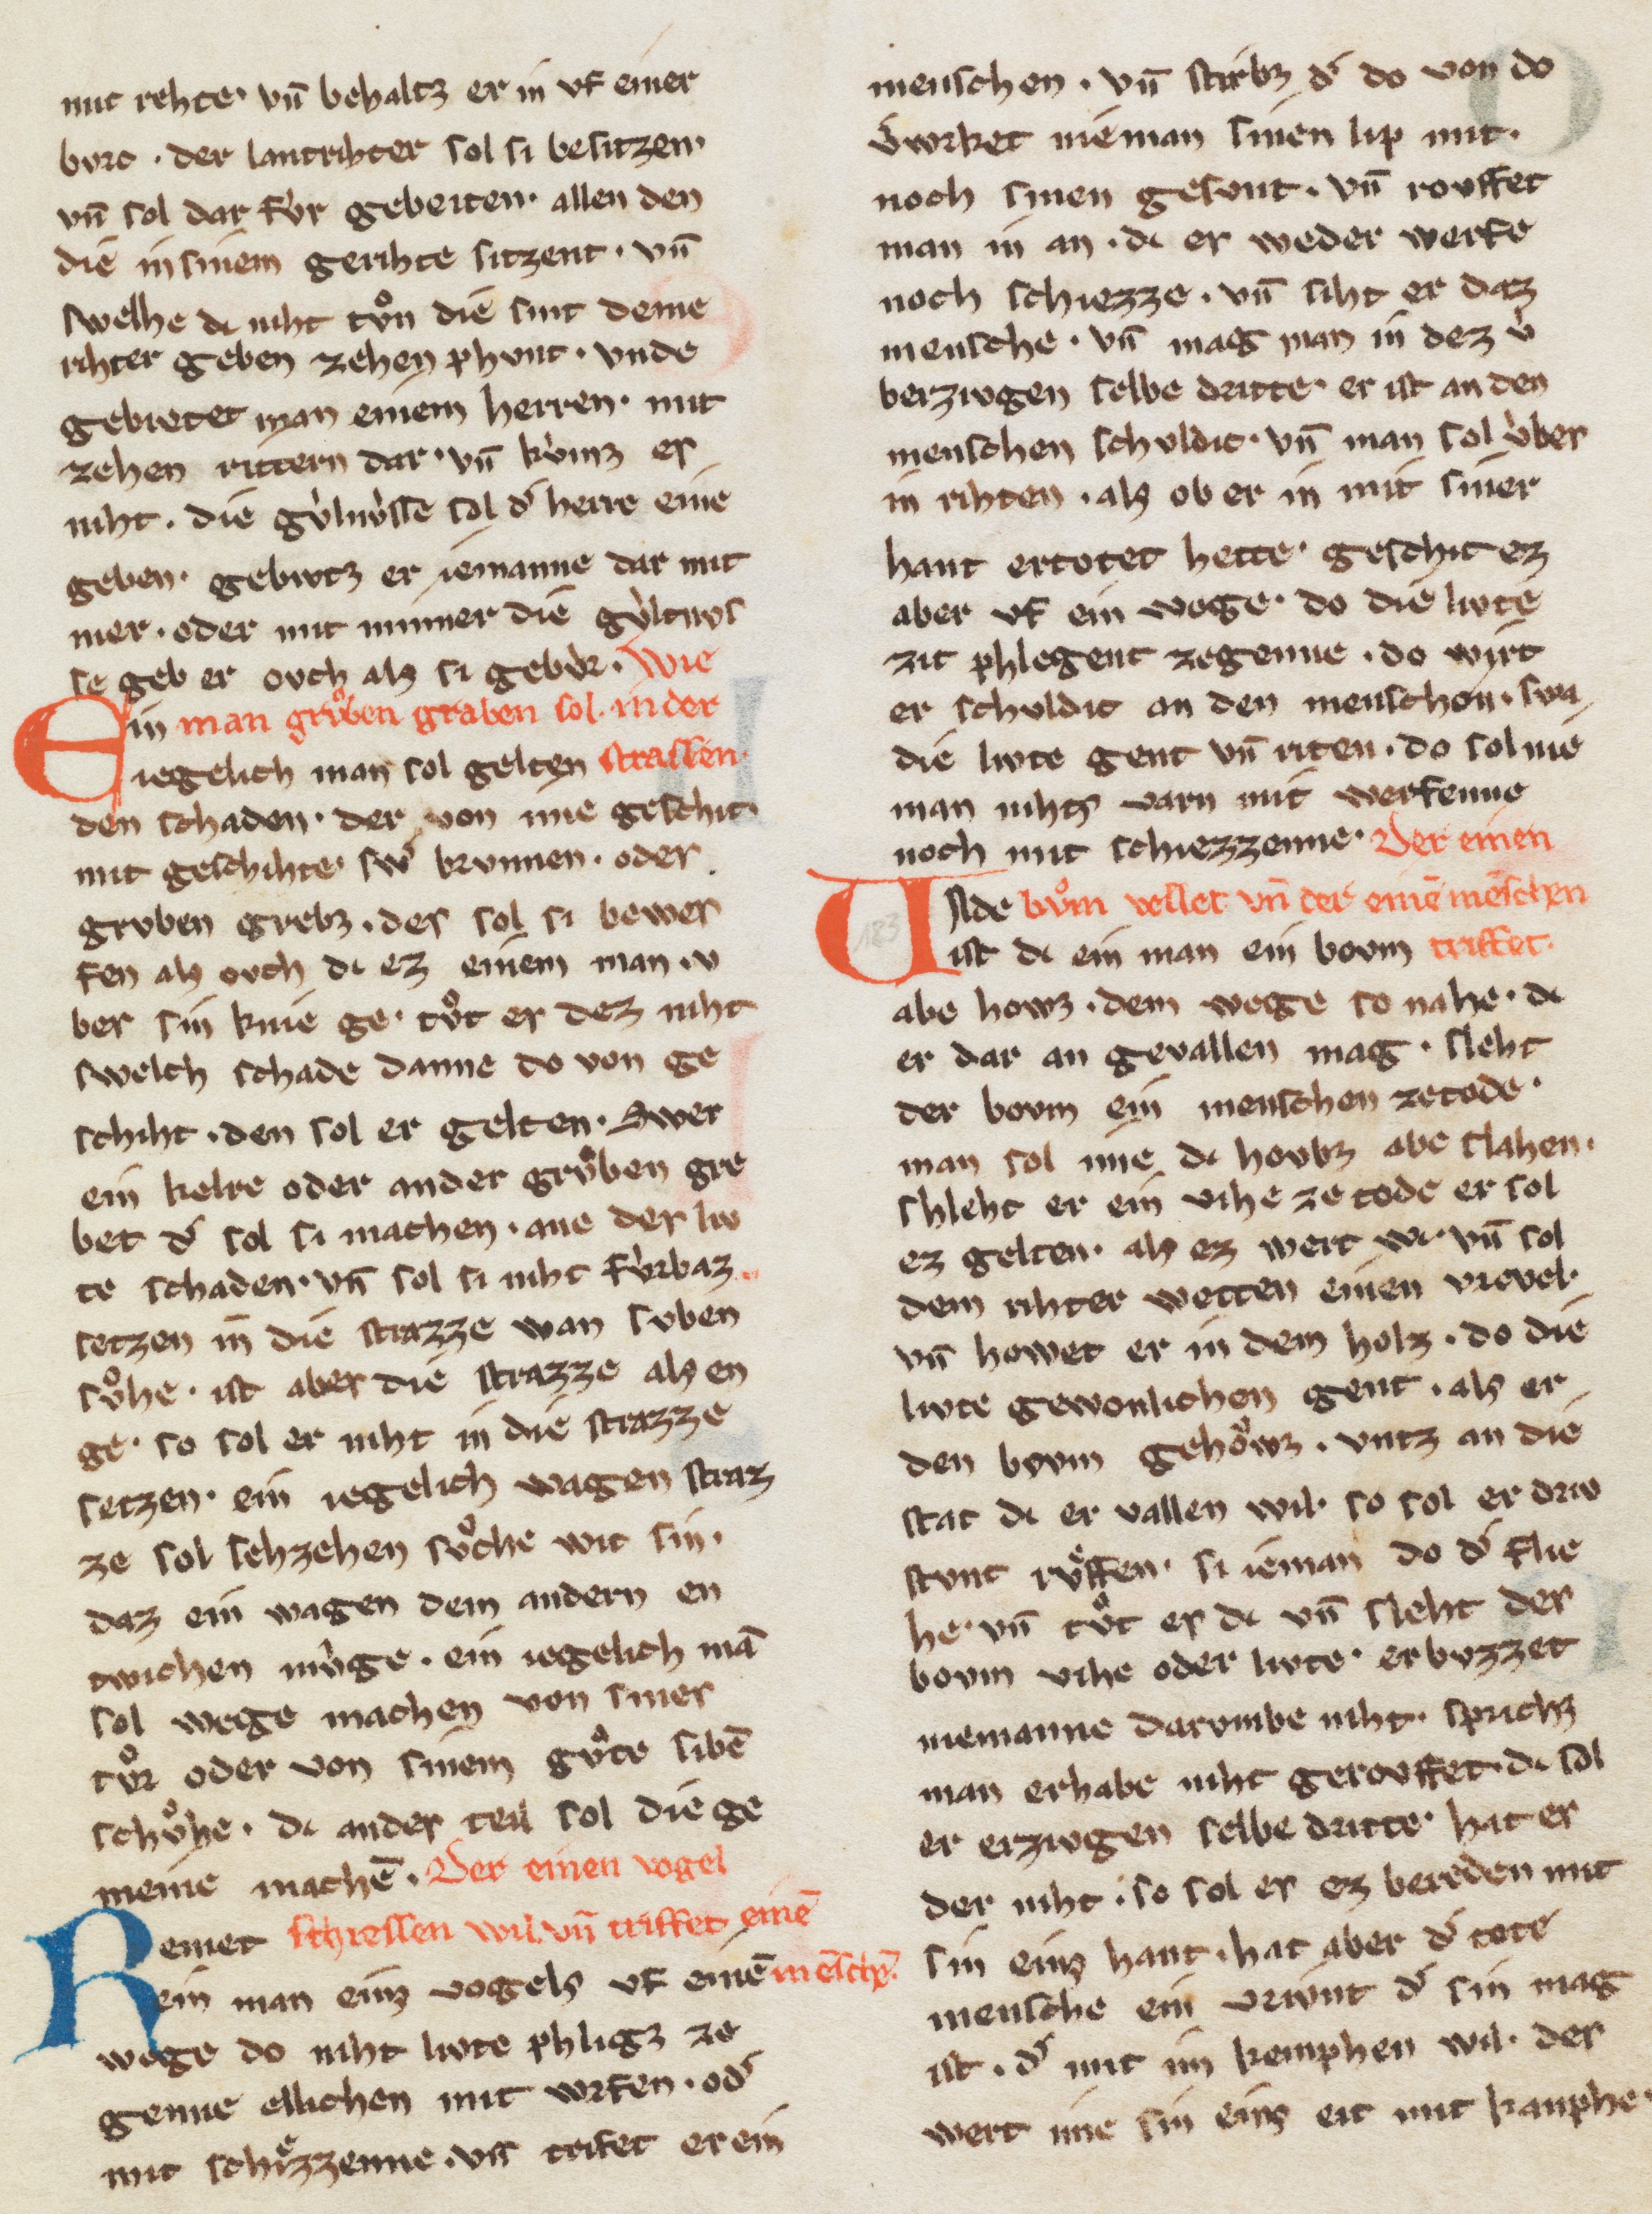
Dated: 1270–1330